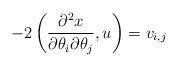
LaTeX: \begin{align*}-2\left( \frac{\partial^{2}x}{\partial\theta_{i}\partial\theta_{j}},u\right)=v_{i,j} \end{align*}